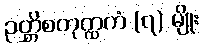
ဉတ္တိစတုတ္ထကံ (၇) မျိုး